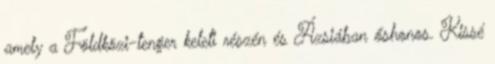
amely a Földközi-tenger keleti részén és Ázsiában őshonos. Kissé